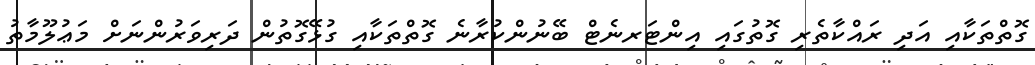
ގޮތްތަކާއި އަދި ރައްކާތެރި ގޮތުގައި އިންޓަރނެޓް ބޭނުންކުރާނެ ގޮތްތަކާއި ގުޅޭގޮތުން ދަރިވަރުންނަށް މަޢުލޫމާތު